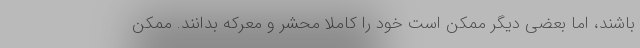
باشند، اما بعضی دیگر ممکن است خود را کاملاً محشر و معرکه بدانند. ممکن